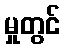
မှုတွင်